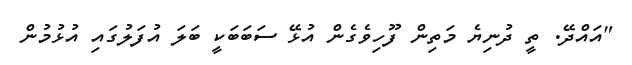
"އައްދޭ. ތީ ދުނިޔެ މަތިން ފޫހިވެގެން އުޅޭ ސަބަބަކީ ބަލަ އުފަލުގައި އުޅުމުން